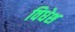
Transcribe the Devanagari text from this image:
विधेश